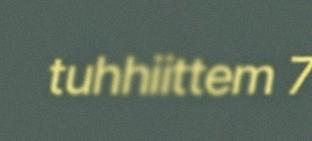
tuhhiittem 7